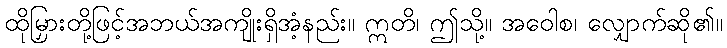
ထိုမြှားတို့ဖြင့်အဘယ်အကျိုးရှိအံ့နည်း။ ဣတိ၊ ဤသို့။ အဝေါစ၊ လျှောက်ဆို၏။